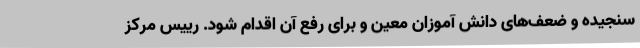
سنجیده و ضعف‌های دانش آموزان معین و برای رفع آن اقدام شود. رییس مرکز